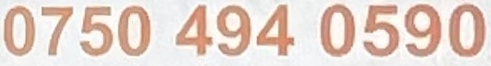
0750 494 0590